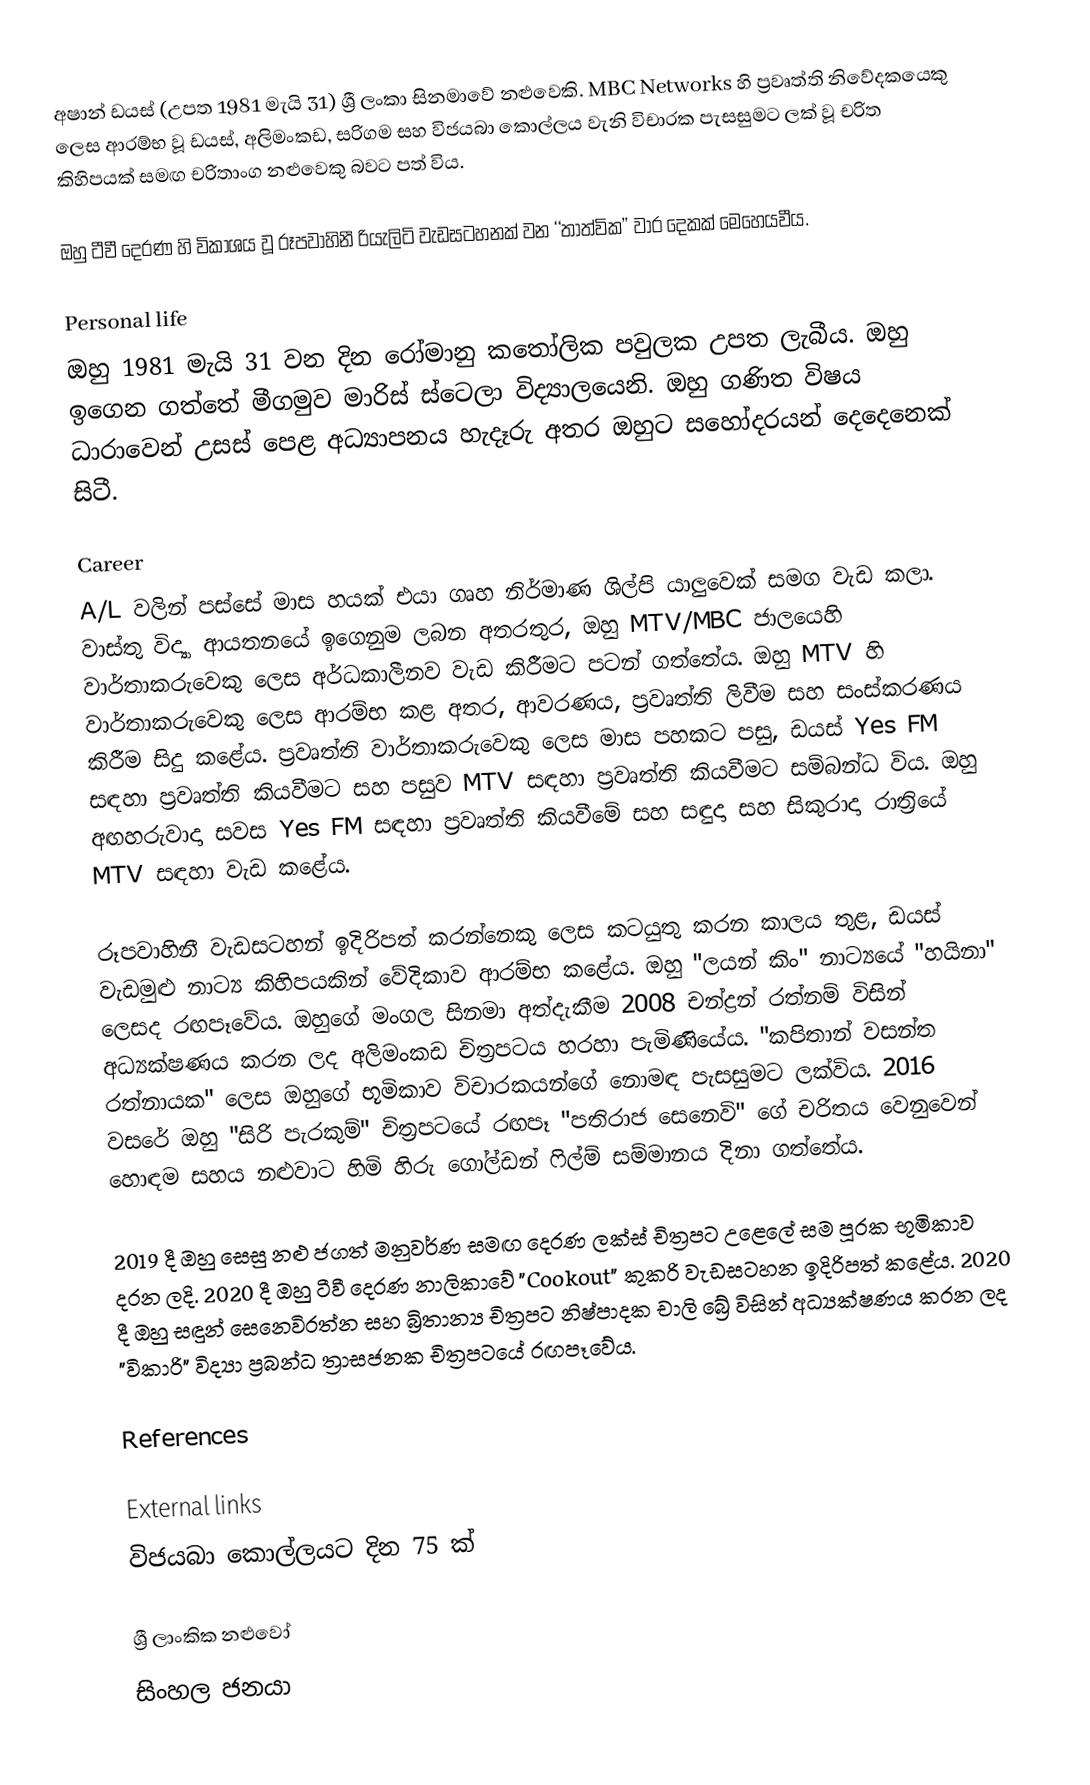
අෂාන් ඩයස් (උපත 1981 මැයි 31) ශ්‍රී ලංකා සිනමාවේ නළුවෙකි. MBC Networks හි ප්‍රවෘත්ති නිවේදකයෙකු ලෙස ආරම්භ වූ ඩයස්, අලිමංකඩ, සරිගම සහ විජයබා කොල්ලය වැනි විචාරක පැසසුමට ලක් වූ චරිත කිහිපයක් සමඟ චරිතාංග නළුවෙකු බවට පත් විය.

ඔහු ටීවී දෙරණ හි විකාශය වූ රූපවාහිනී රියැලිටි වැඩසටහනක් වන ‘‘තාත්වික’’ වාර දෙකක් මෙහෙයවීය.

Personal life
ඔහු 1981 මැයි 31 වන දින රෝමානු කතෝලික පවුලක උපත ලැබීය. ඔහු ඉගෙන ගත්තේ මීගමුව මාරිස් ස්ටෙලා විද්‍යාලයෙනි. ඔහු ගණිත විෂය ධාරාවෙන් උසස් පෙළ අධ්‍යාපනය හැදෑරු අතර ඔහුට සහෝදරයන් දෙදෙනෙක් සිටී.

Career
A/L වලින් පස්සේ මාස හයක් එයා ගෘහ නිර්මාණ ශිල්පි යාලුවෙක් සමග වැඩ කලා. වාස්තු විද්‍යා ආයතනයේ ඉගෙනුම ලබන අතරතුර, ඔහු MTV/MBC ජාලයෙහි වාර්තාකරුවෙකු ලෙස අර්ධකාලීනව වැඩ කිරීමට පටන් ගත්තේය. ඔහු MTV හි වාර්තාකරුවෙකු ලෙස ආරම්භ කළ අතර, ආවරණය, ප්‍රවෘත්ති ලිවීම සහ සංස්කරණය කිරීම සිදු කළේය. ප්‍රවෘත්ති වාර්තාකරුවෙකු ලෙස මාස පහකට පසු, ඩයස් Yes FM සඳහා ප්‍රවෘත්ති කියවීමට සහ පසුව MTV සඳහා ප්‍රවෘත්ති කියවීමට සම්බන්ධ විය. ඔහු අඟහරුවාදා සවස Yes FM සඳහා ප්‍රවෘත්ති කියවීමේ සහ සඳුදා සහ සිකුරාදා රාත්‍රියේ MTV සඳහා වැඩ කළේය.

රූපවාහිනී වැඩසටහන් ඉදිරිපත් කරන්නෙකු ලෙස කටයුතු කරන කාලය තුළ, ඩයස් වැඩමුළු නාට්‍ය කිහිපයකින් වේදිකාව ආරම්භ කළේය. ඔහු "ලයන් කිං" නාට්‍යයේ "හයිනා" ලෙසද රඟපෑවේය. ඔහුගේ මංගල සිනමා අත්දැකීම 2008 චන්ද්‍රන් රත්නම් විසින් අධ්‍යක්ෂණය කරන ලද අලිමංකඩ චිත්‍රපටය හරහා පැමිණියේය. "කපිතාන් වසන්ත රත්නායක" ලෙස ඔහුගේ භූමිකාව විචාරකයන්ගේ නොමඳ පැසසුමට ලක්විය. 2016 වසරේ ඔහු "සිරි පැරකුම්" චිත්‍රපටයේ රඟපෑ "පතිරාජ සෙනෙවි" ගේ චරිතය වෙනුවෙන් හොඳම සහය නළුවාට හිමි හිරු ගෝල්ඩන් ෆිල්ම් සම්මානය දිනා ගත්තේය.

2019 දී ඔහු සෙසු නළු ජගත් මනුවර්ණ සමඟ දෙරණ ලක්ස් චිත්‍රපට උළෙලේ සම පූරක භූමිකාව දරන ලදි. 2020 දී ඔහු ටීවී දෙරණ නාලිකාවේ "Cookout" කුකරි වැඩසටහන ඉදිරිපත් කළේය. 2020 දී ඔහු සඳුන් සෙනෙවිරත්න සහ බ්‍රිතාන්‍ය චිත්‍රපට නිෂ්පාදක චාලි බ්‍රේ විසින් අධ්‍යක්ෂණය කරන ලද "විකාරි" විද්‍යා ප්‍රබන්ධ ත්‍රාසජනක චිත්‍රපටයේ රඟපෑවේය.

References

External links
 විජයබා කොල්ලයට දින 75 ක්

ශ්‍රී ලාංකික නළුවෝ
සිංහල ජනයා